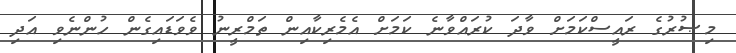
މިޞުރުގެ ރައީސްކަމަށް ވާދަ ކުރައްވާނެ ކަމަށް އެމެރިކާއިން ތަމްރީނު ވެވަޑައިގެން ހުންނެވި އަދި